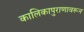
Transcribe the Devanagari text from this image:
कालिकापुराणावरून